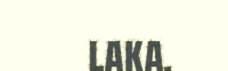
laka.